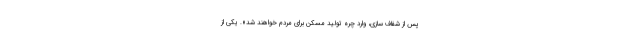
پس از شفاف سازی، وارد چره تولید مسکن برای مردم خواهند شد». یکی از